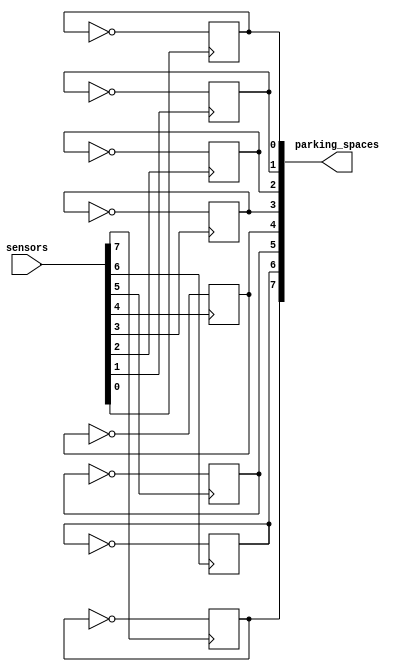
// car_parking_system.v

module car_parking_system(
    input wire [7:0] sensors,
    output reg [7:0] parking_spaces
);

genvar i;

generate
    for (i = 0; i < 8; i = i + 1) begin : parking_space_logic
        always @(posedge sensors[i]) begin
            // Sensor logic to update parking space status
            if (sensors[i]) parking_spaces[i] = ~parking_spaces[i];
        end
    end
endgenerate

endmodule